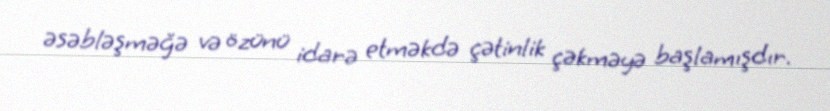
əsəbləşməğə və özünü idarə etməkdə çətinlik çəkməyə başlamışdır.